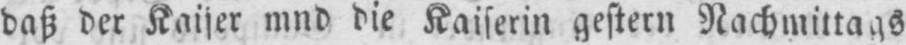
daß der Kaiser mnd die Kaiserin gestern Nachmittags